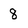
Character: 8